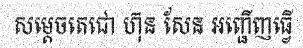
សម្តេចតេជោ ហ៊ុន សែន អញ្ជើញធ្វើ